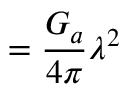
= \displaystyle { { \frac { G _ { a } } { 4 \pi } } \lambda ^ { 2 } }